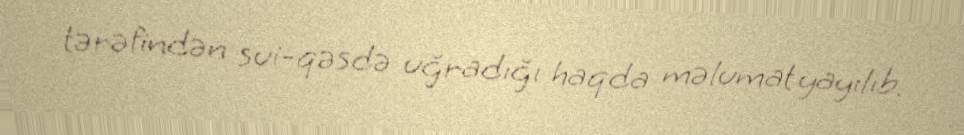
tərəfindən sui-qəsdə uğradığı haqda məlumat yayılıb.